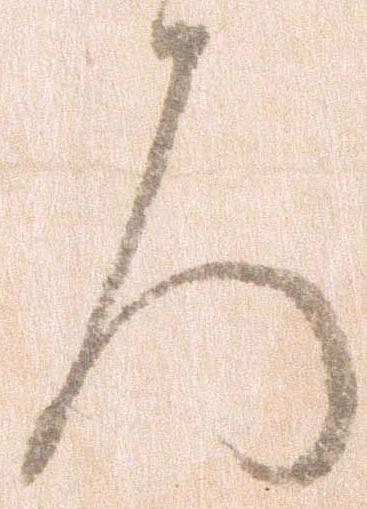
ろ